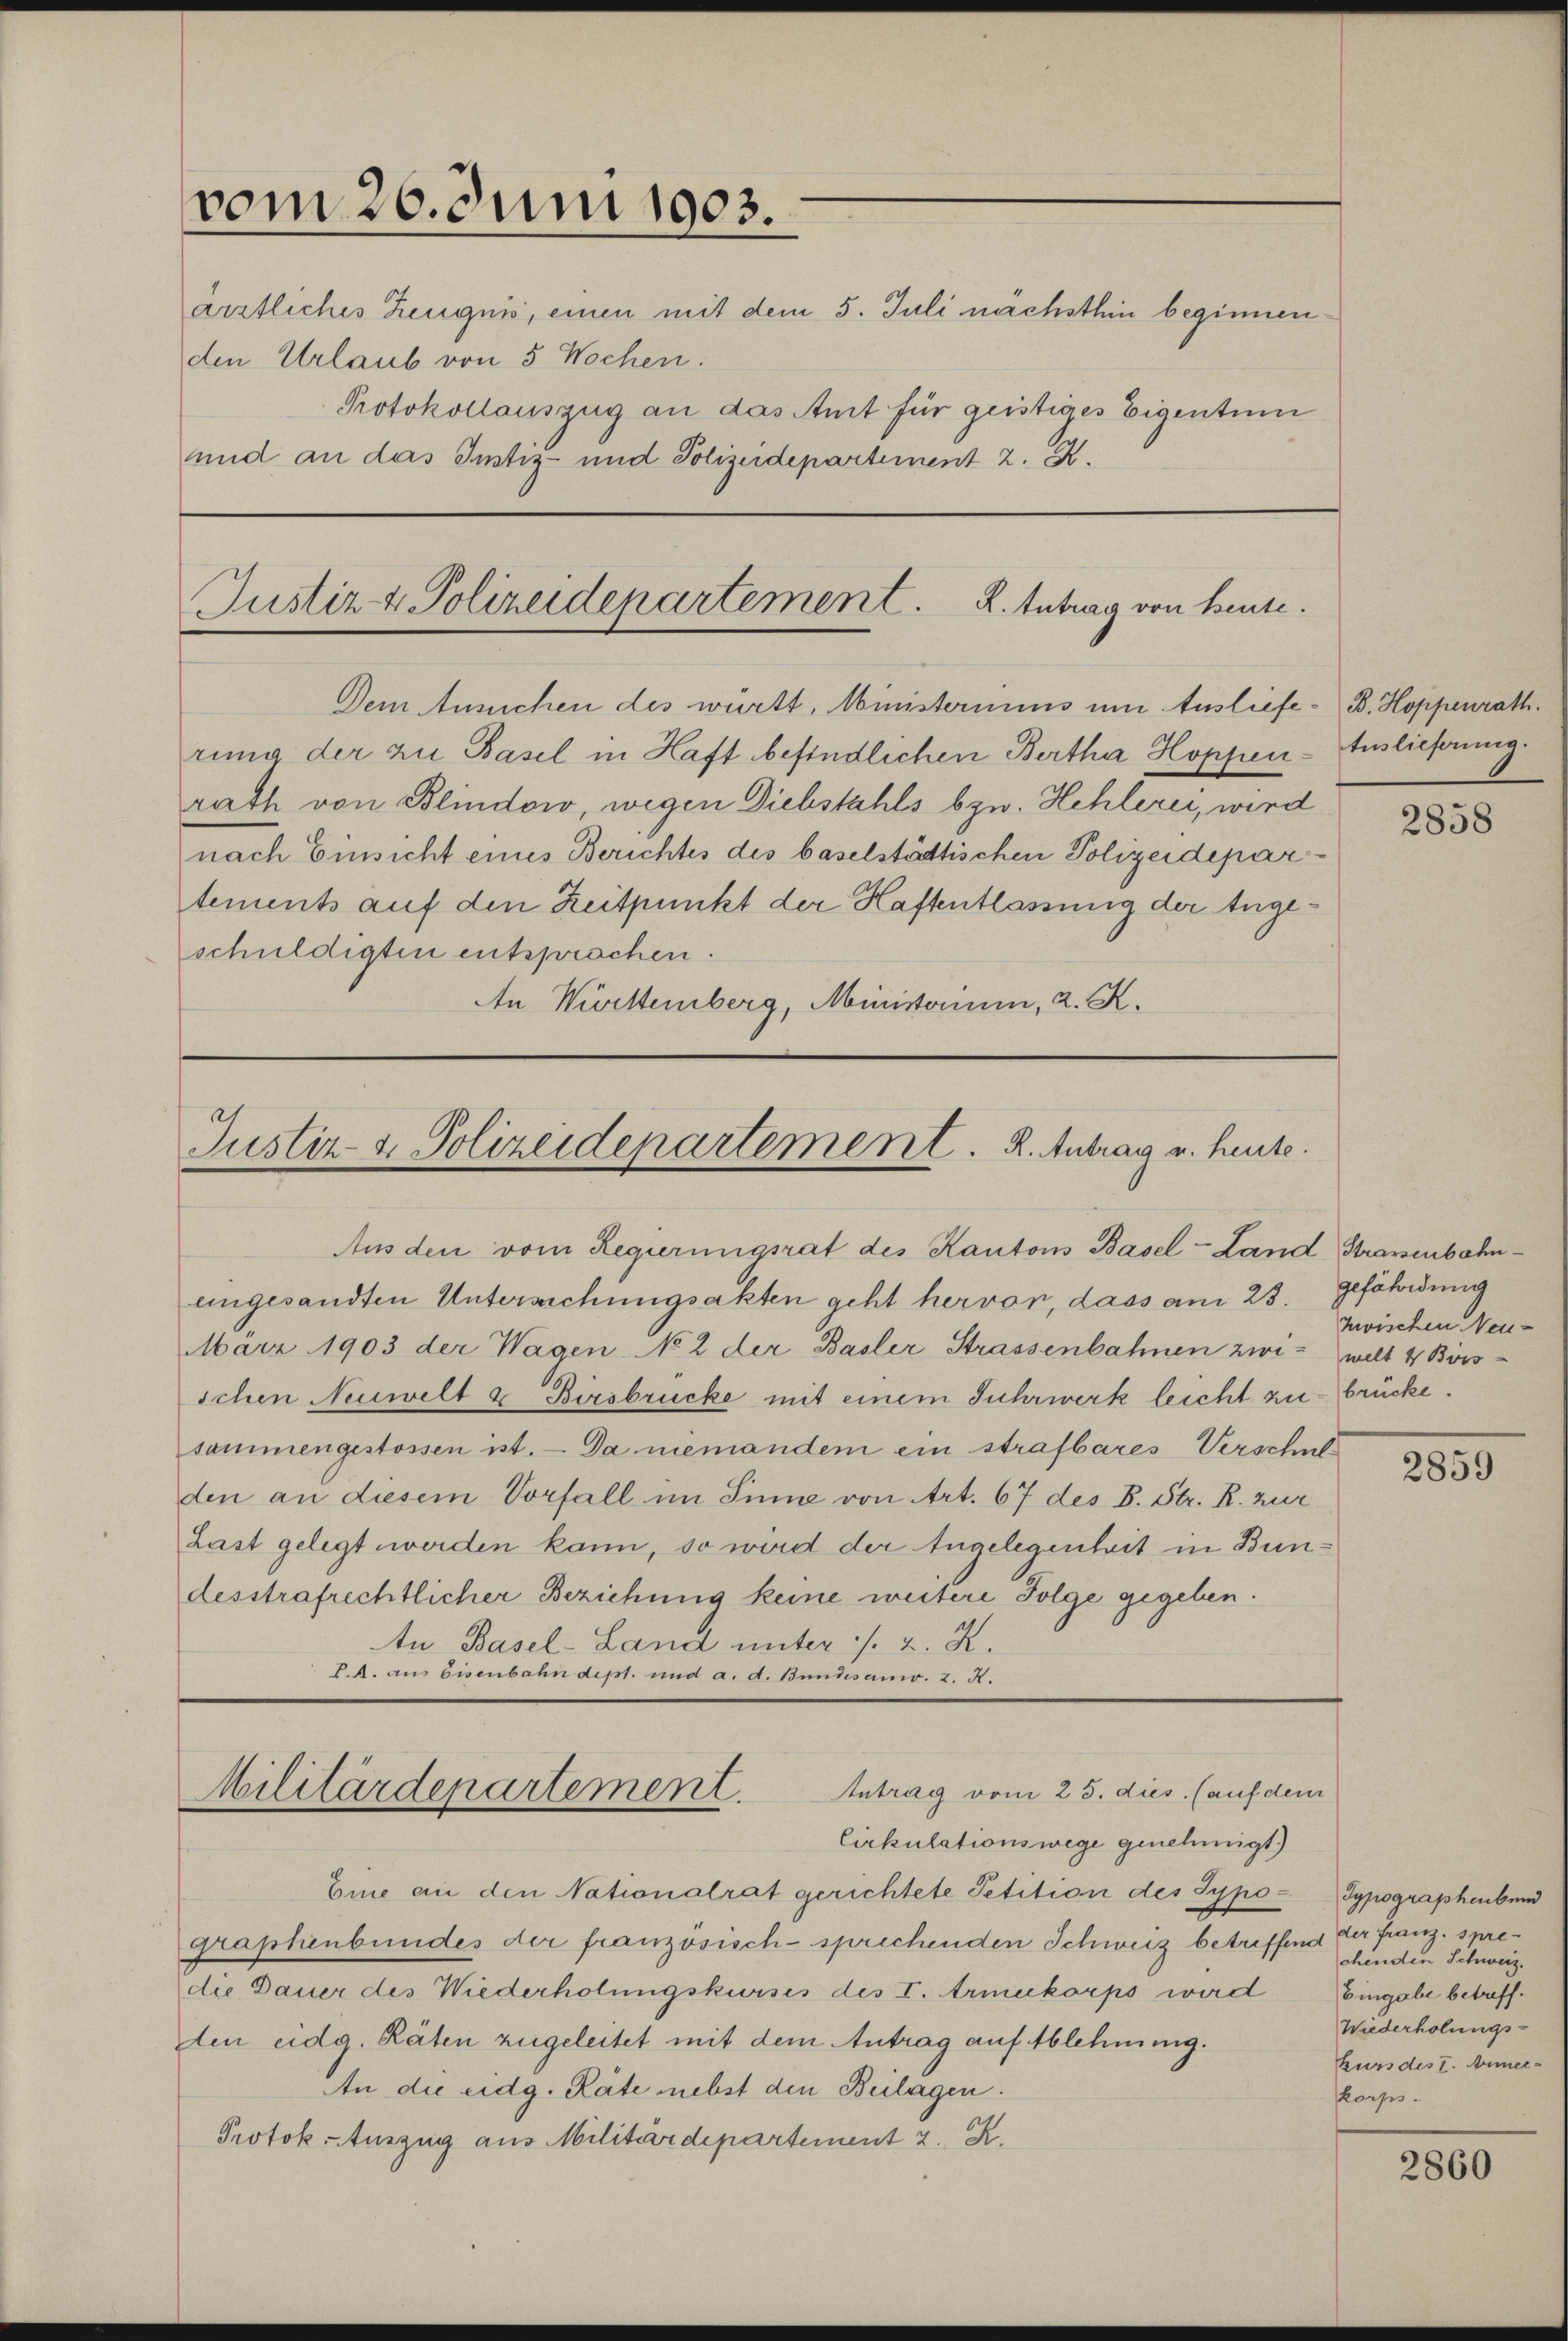
vom 20. Juni 1903.
ärztliches Zeugnis, einen mit dem 5. Juli nächsthin beginnen
den Urlaub von 5 Wochen.
Protokollauszug an das Amt für geistiges Eigentum
und an das Instiz- und Polizeidepartement 2. X.

Justiz- & Polizeidepartement. K. Antrag von Heute.
Dem Ansuchen des württ, Ministeriums um Ausliefe- B. Hoppenrath.

rung der zu Basel in Haft befindlichen Bertha Hoppen-Auslieferung
rath von Blindow, wegen Diebstahls bzw. Hehlerei, wird
nach Einsicht eines Berichtes des baselstädtischen Polizeidepartements auf den Zeitpunkt der Haftentlassung der Angeschuldigten entsprochen.
An Wirittemberg, Ministerium, 2. K.

Justiz- & Polizeidepartement. R. Antrag u. heute.
Aus den vom Regierungsrat des Kantons Basel-Land, Strassenbahn¬

eingesandten Untersuchungsakten geht hervor, dass am 23.
März 1903 der Wagen No 2 der Basler Strassenbahnen zwi- welt 4 Börs
schen Neuwelt & Birsbrücke mit einem Fuhrwerk leicht zu brücke.
sammengestossen ist. Da niemandem ein strafbares Verschulden an diesem Vorfall im Sinne von Art. 67 des B. Str. R. zur
Last gelegt werden kann, so wird der Angelegenheit in Bundesstrafrechtlicher Beziehung keine weitere Folge gegeben.
n Basel-Land unter /. 2. X.
P.A. aus Eisenbahndept. und a. d. Bundesan. 2. X.

Antrag vom 25. dies. (auf de
Militärdepartement.
Cirkulationswege genehmigt.)

Eine an den Nationalrat gerichtete Petition des Sypo-Sypographenbund
graphenbundes der französisch-sprechenden Schweiz betreffend der franz. spredie Dauer des Wiederholungskurses des I. Armeekorps wird Eingabe betaffden eidg. Räten zugeleitet mit dem Antrag auf Ablehnung.
An die eidg. Räte nebst den Beilagen.
Protok. Auszug aus Militärdepartement 2. K

i

2858

gefährdung
zwischen Neu¬

2859

chenden Schweiz.
Wiederholungs-
kurs des I. Anmer-
korps.

2860